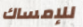
للإمساك